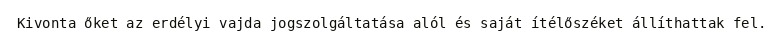
Kivonta őket az erdélyi vajda jogszolgáltatása alól és saját ítélőszéket állíthattak fel.